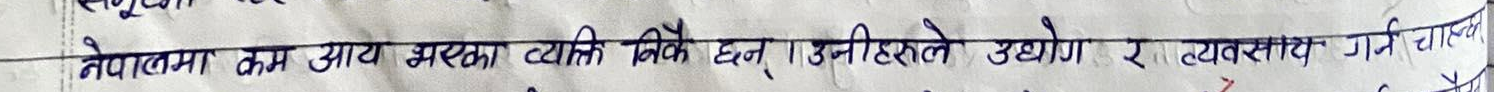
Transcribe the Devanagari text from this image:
नेपालमा कम आय भएका व्यक्ति निकै छन्। उनीहरुले उद्योग र व्यवसाय गर्न चाहन्छन्।